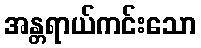
အန္တရာယ်ကင်းသော